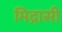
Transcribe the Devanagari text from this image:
मिद्रासी